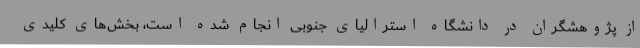
از پژوهشگران در دانشگاه استرالیای جنوبی انجام شده است، بخش‌های کلیدی